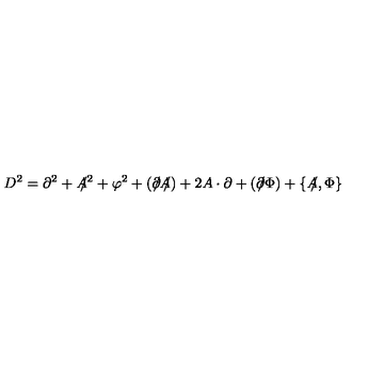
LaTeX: D ^ { 2 } = \partial ^ { 2 } + A \! \! \! / ^ { 2 } + \varphi ^ { 2 } + ( \partial \! \! \! / A \! \! \! / ) + 2 A \cdot \partial + ( \partial \! \! \! / \Phi ) + \{ A \! \! \! / , \Phi \}